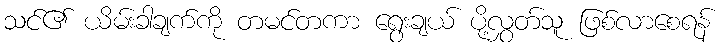
သင်၏ ယိမ်းခါချက်ကို တမင်တကာ ရွေးချယ် ပို့လွှတ်သူ ဖြစ်လာစေရန်